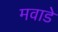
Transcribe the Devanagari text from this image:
मवाडे